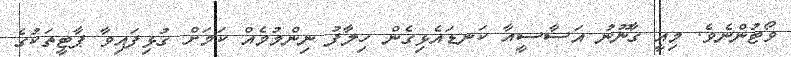
ވޯޓުންނެވެ. މިއީ ގާނޫނު އަސާސީއާ ކަނޑައެޅިގެން ހިލާފު ނިންމުމެއް ކަމަށް ގުޅިފައިވާ ޕާޓީތަކުގެ